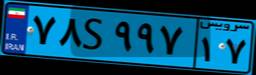
۷۸S۹۹۷۱۷